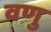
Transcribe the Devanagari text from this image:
वणु